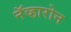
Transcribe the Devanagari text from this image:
नॅव्हारोन